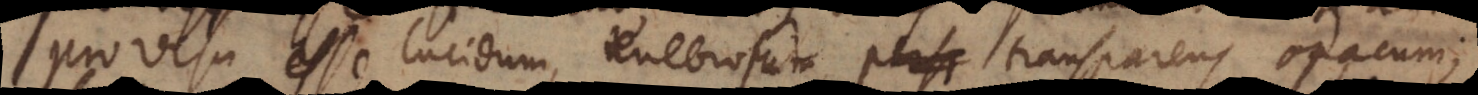
Pro visu esse lucidum, tenebrosum, persp transparens opacum;